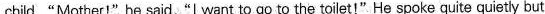
child."Mother!"he said, "I want to go to the toilet!"He spoke quite quietly but